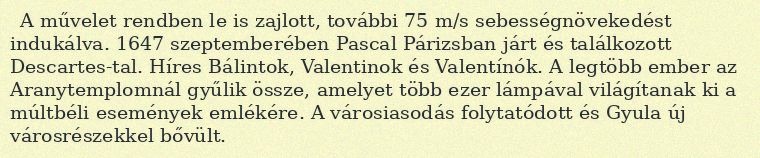
A művelet rendben le is zajlott, további 75 m/s sebességnövekedést indukálva. 1647 szeptemberében Pascal Párizsban járt és találkozott Descartes-tal. Híres Bálintok, Valentinok és Valentínók. A legtöbb ember az Aranytemplomnál gyűlik össze, amelyet több ezer lámpával világítanak ki a múltbéli események emlékére. A városiasodás folytatódott és Gyula új városrészekkel bővült.